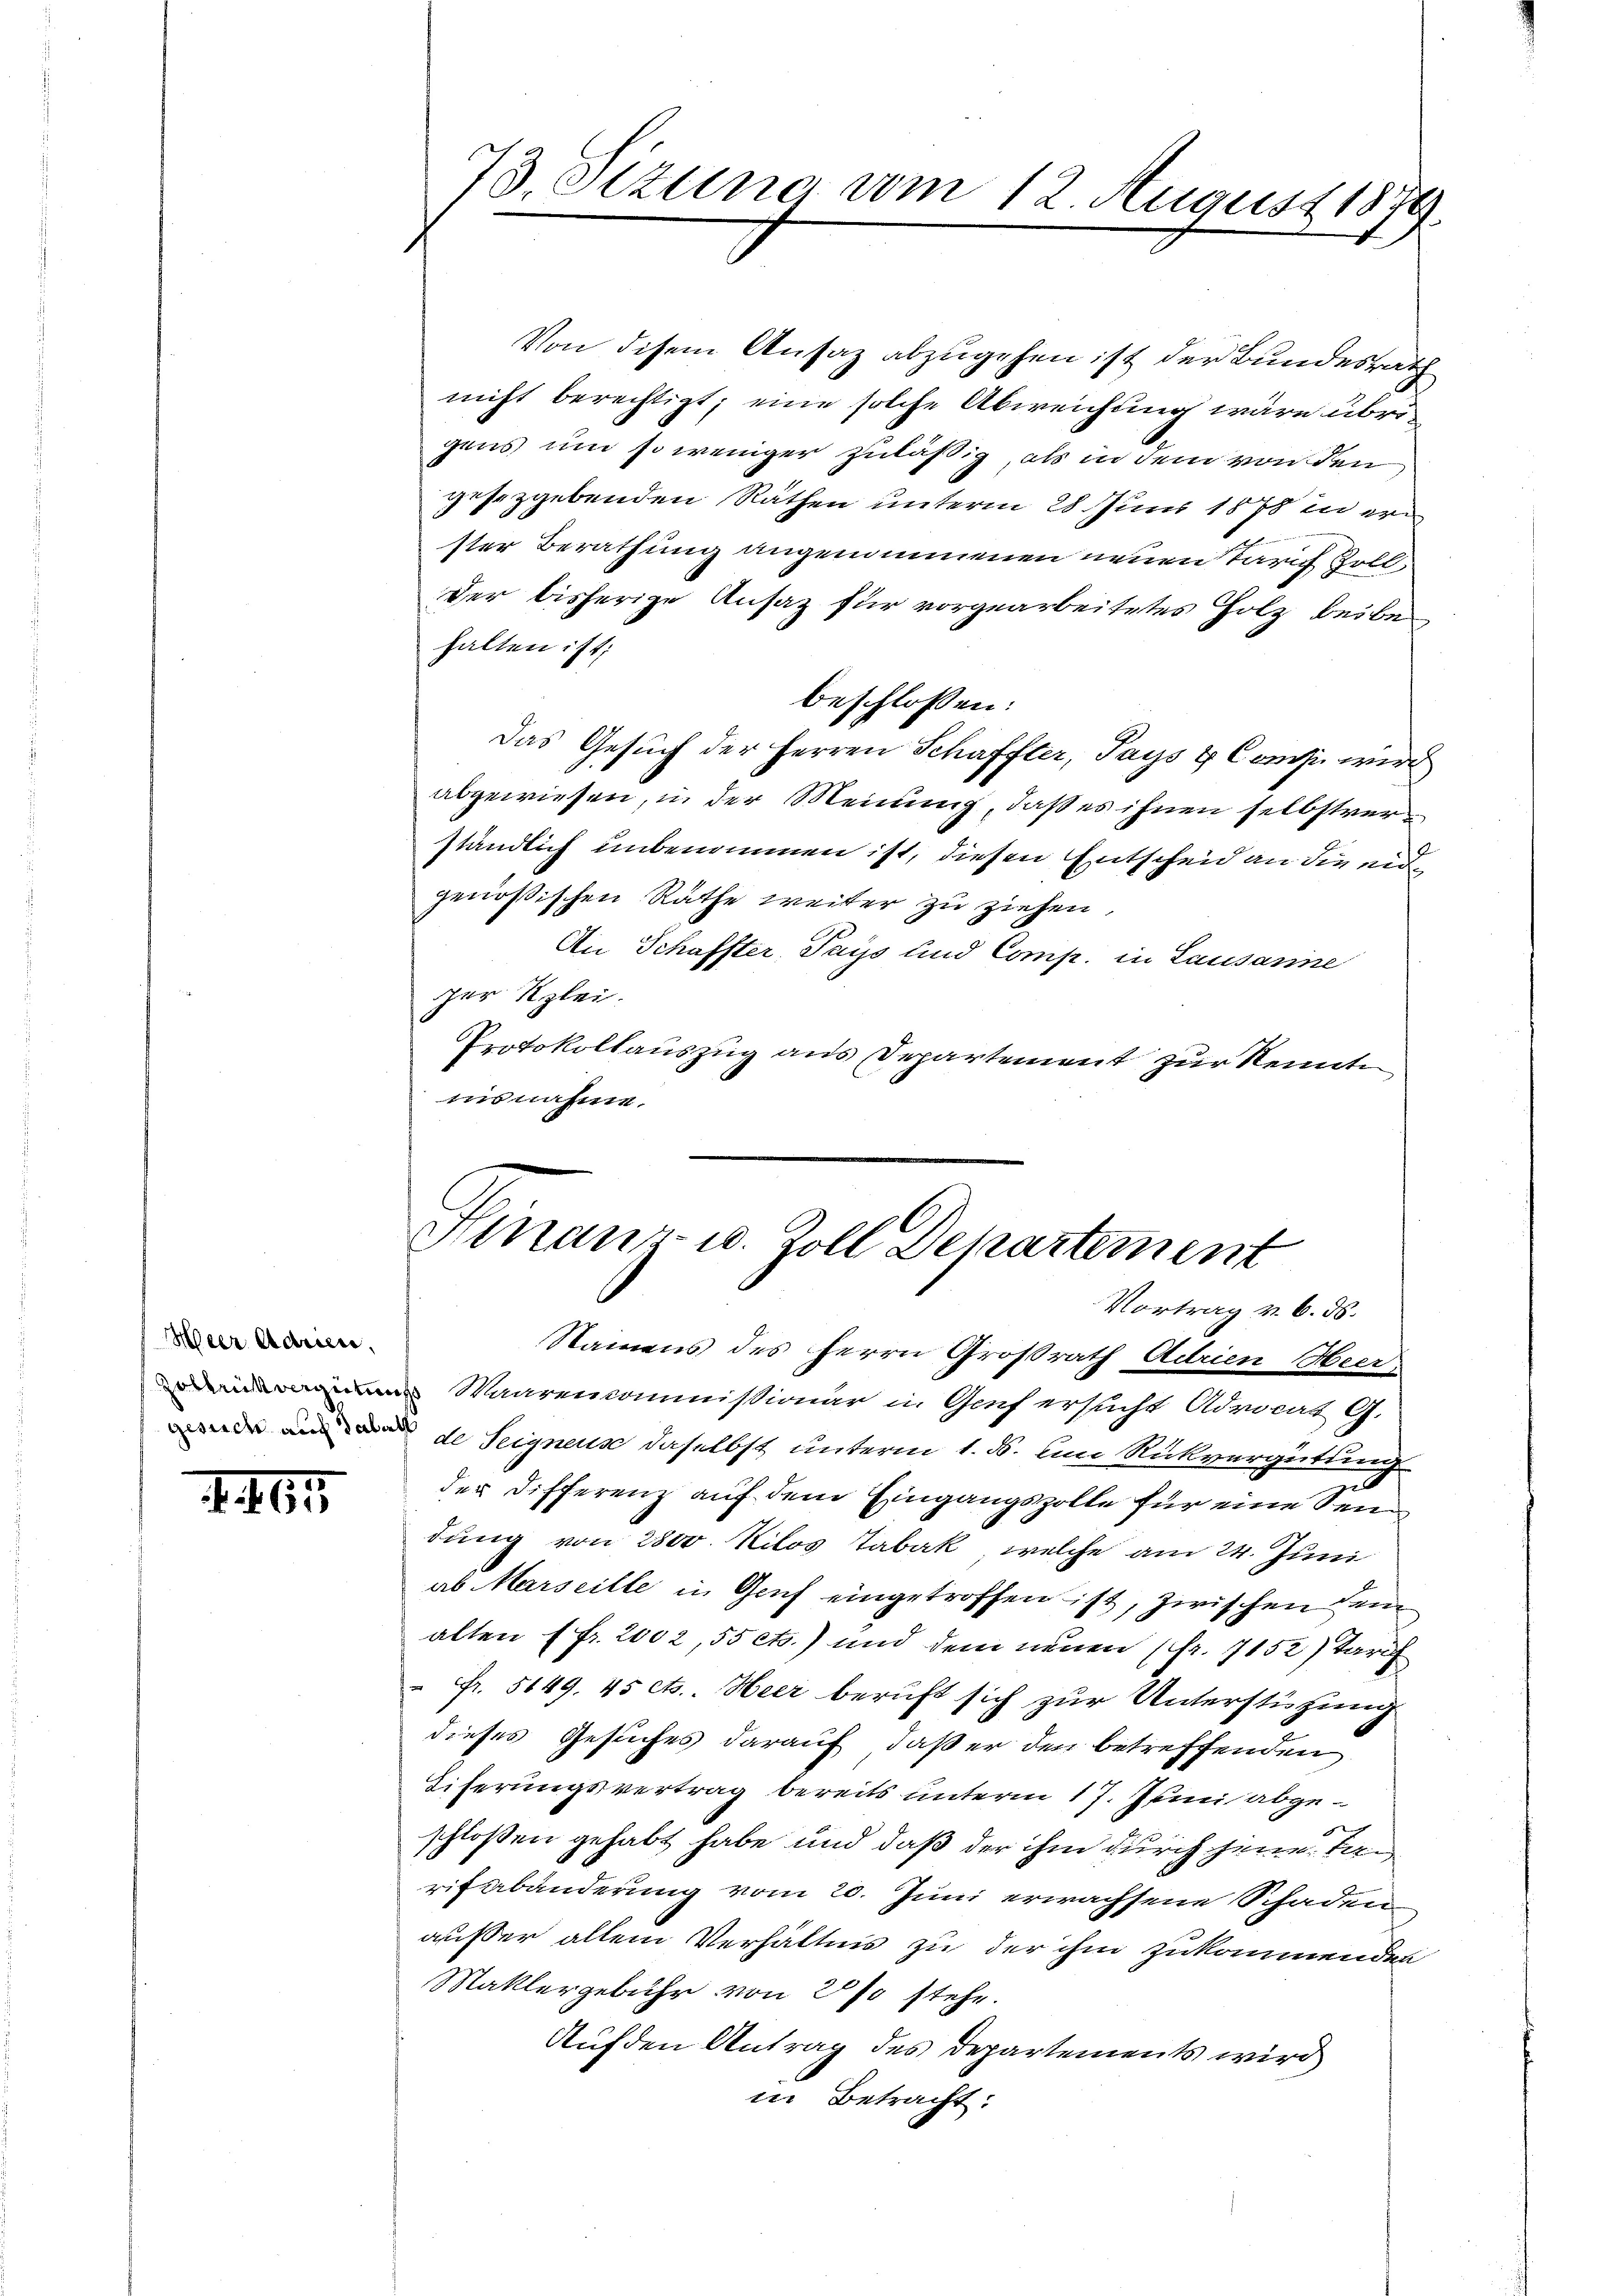
Meer Marien,

407.

73. Sizung vom 12. August 1879.

Von disem Ansaz abzugehen ist der Bundesrath
nicht berechtigt; eine solche Abweichung wäre über
gens und so weniger zuläßig, als in dem von den
gesetzgebenden Räthen unterm 28 Juni 1878 in erster Berathung angenommenen neuen Tarich soll
Der bisherige Ansaz für vorgearbeitetes Holz beibe
halten ist;
beschlossen:
Das Gesuch der Herren Schaffter, Pays & Campi wird
abgewiesen, in der Meinung, daß es ihnen selbstverständlich unbenommen ist, diesen Entscheid an die eid
genößischen Räthe weiter zu ziehen,
An Schaffter, Pays und Comp. in Lausanne
zer Klei
Protokollauszug aus Departement zur Kennte
iisnahme.

Hinanz- u. Zoll Dekartement
Vortrag v. 6. ds.

Namens des Herrn Großrath Adrien Heer-
Waarenkommissionär in Genf ersucht Advocat G.
ede uns de Seignens daselbst unterm 1. d. um Rückvergütung
der Differenz auf dem Eingangszolle für eine Sendung von 2800 Kilos Tabak, welche am 24. Juni
ab Marseille in Gruf eingetroffen ist, zwischen dem
alten (fr. 2002, 55 cts.) und dem neuen (Fr. 7152) Tarif
 Fr. 5149. 45 ct.. Heer beruft sich zur Unterstützung
dieses Gesuches darauf, daß er den betreffenden
Eiferungsvertrag bereits unterm 17. Junii abgeschloßen gehabt habe und daß der ihm durch jene Tan
rifabänderung vom 20. Juni erwachsene Schaden
außer allein Verhältnis zu der ihm zukommenden
Maklergebühr von 2 % stehe.
Auf den Antrag des Departements wird
in Betracht: